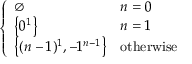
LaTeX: \left\{ { \begin{array} { l l l } { \emptyset } & { n = 0 } \\ { \left\{ 0 ^ { 1 } \right\} } & { n = 1 } \\ { \left\{ ( n - 1 ) ^ { 1 } , - 1 ^ { n - 1 } \right\} } & { { \mathrm { o t h e r w i s e } } } \end{array} } \right.